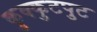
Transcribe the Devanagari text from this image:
कुक्कुटपुट